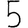
Digit: 5